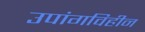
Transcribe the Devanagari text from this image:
उपांगविहीन